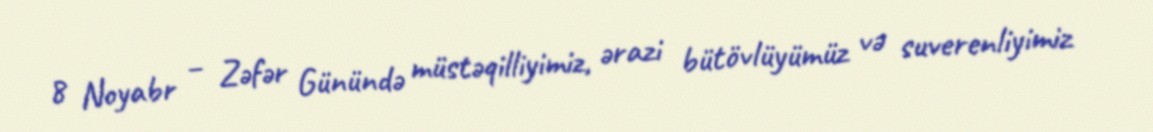
8 Noyabr – Zəfər Günündə müstəqilliyimiz, ərazi bütövlüyümüz və suverenliyimiz